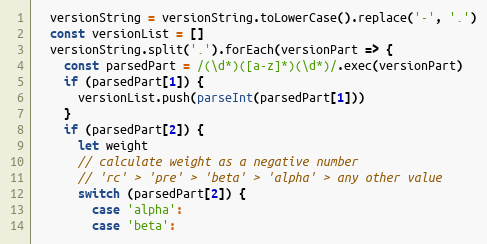
Language: JavaScript
  versionString = versionString.toLowerCase().replace('-', '.')
  const versionList = []
  versionString.split('.').forEach(versionPart => {
    const parsedPart = /(\d*)([a-z]*)(\d*)/.exec(versionPart)
    if (parsedPart[1]) {
      versionList.push(parseInt(parsedPart[1]))
    }
    if (parsedPart[2]) {
      let weight
      // calculate weight as a negative number
      // 'rc' > 'pre' > 'beta' > 'alpha' > any other value
      switch (parsedPart[2]) {
        case 'alpha':
        case 'beta':